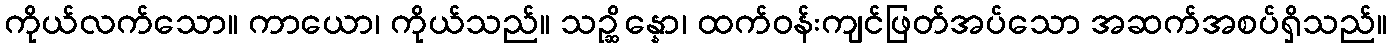
ကိုယ်လက်သော။ ကာယော၊ ကိုယ်သည်။ သဉ္ဆိန္နော၊ ထက်ဝန်းကျင်ဖြတ်အပ်သော အဆက်အစပ်ရှိသည်။